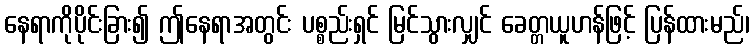
နေရာကိုပိုင်းခြား၍ ဤနေရာအတွင်း ပစ္စည်းရှင် မြင်သွားလျှင် ခေတ္တယူဟန်ဖြင့် ပြန်ထားမည်၊